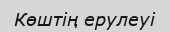
Көштің ерулеуі